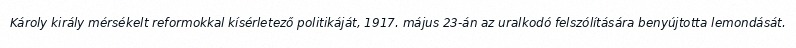
Károly király mérsékelt reformokkal kísérletező politikáját, 1917. május 23-án az uralkodó felszólítására benyújtotta lemondását.